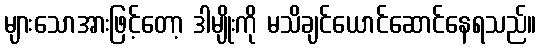
များသောအားဖြင့်တော့ ဒါမျိုးကို မသိချင်ယောင်ဆောင်နေရသည်။